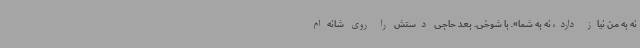
نه به من نیاز دارد، نه به شما». با شوخی. بعد حاجی دستش را روی شانه‌ام